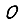
Digit: 0